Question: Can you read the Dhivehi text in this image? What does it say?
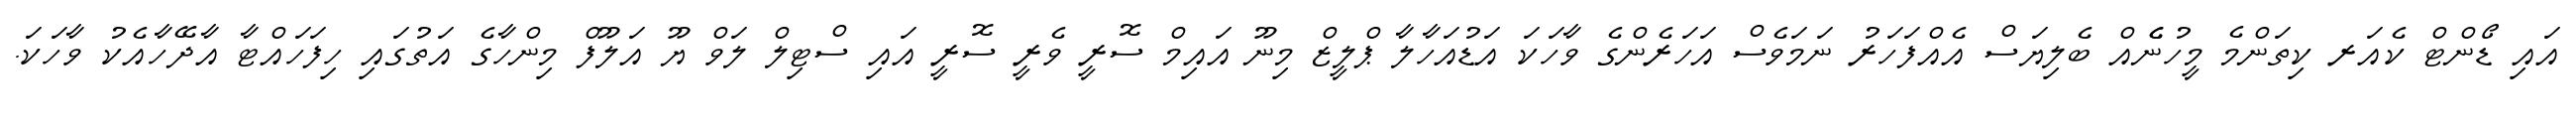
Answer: އައި ޑޯންޓް ކެއަރ ކިތަންމެ މީހުނެެއް ބެލިޔަސް އެއްފަހަރު ނަމަވެސް އަހަރެންގެ ވާހަކަ އަޑުއަހާލާ ޕްލީޒް މިނޫ އައިމް ސޮރީ ވެރީ ސޮރީ އައި ސްޓިލް ލަވް ޔޫ އަލޫފް މިންހާގެ އަތުގައި ހިފަހައްޓާ އާދޭހާއެކު ވާހަކަ.